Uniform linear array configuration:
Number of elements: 32
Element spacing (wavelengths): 0.75
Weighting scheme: hann
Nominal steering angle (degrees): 45
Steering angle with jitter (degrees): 43.819
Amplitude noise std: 0.05
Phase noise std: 0.05

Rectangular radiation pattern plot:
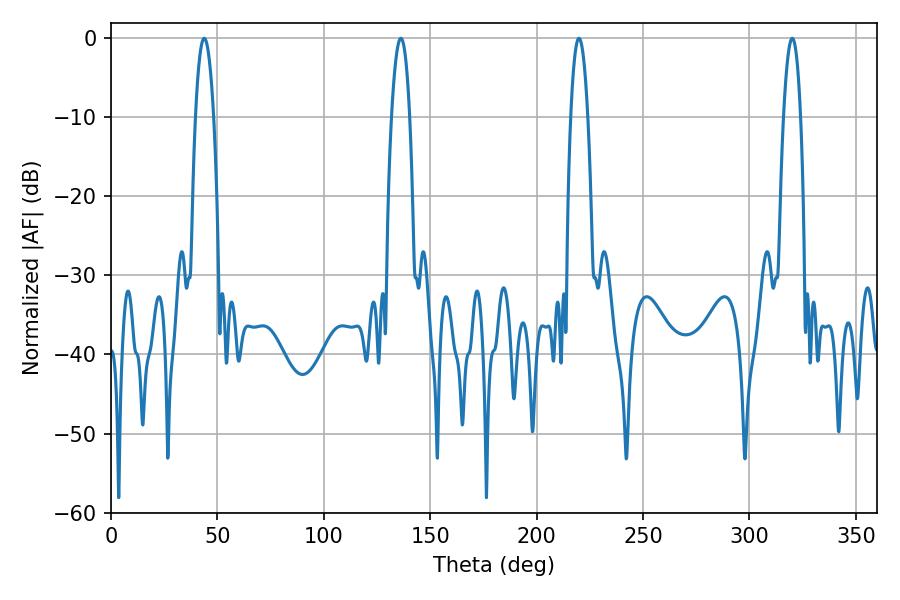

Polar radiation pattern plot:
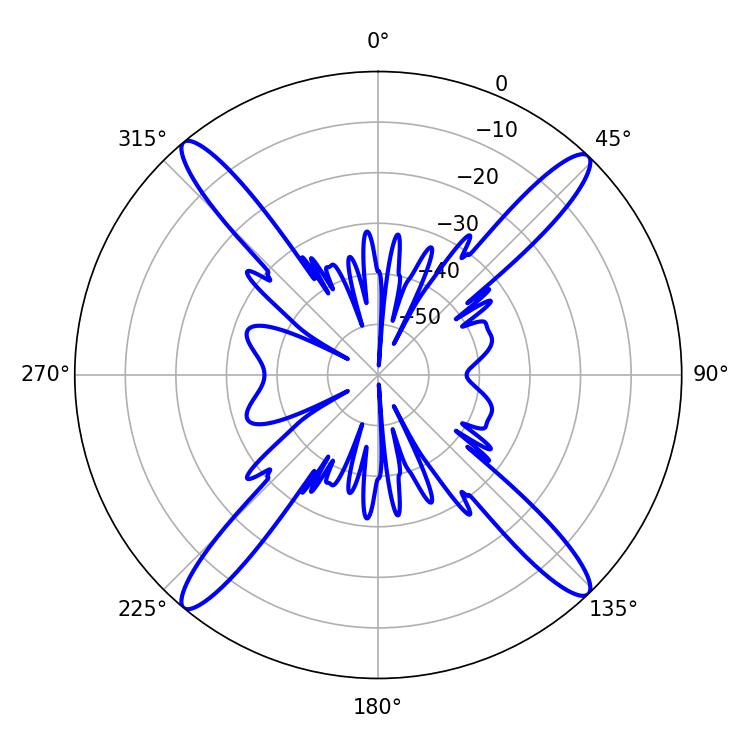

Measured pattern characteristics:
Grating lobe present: TRUE
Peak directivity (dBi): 21.051
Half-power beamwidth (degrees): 4.86
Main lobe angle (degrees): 43.74